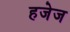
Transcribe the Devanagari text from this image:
हजेज